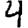
Digit: 4